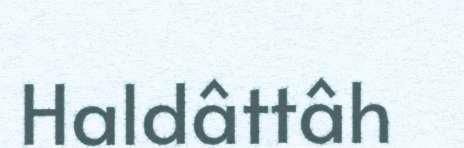
Haldâttâh